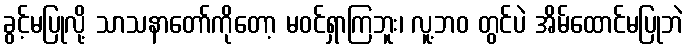
ခွင့်မပြုလို့ သာသနာတော်ကိုတော့ မဝင်ရှာကြဘူး၊ လူ့ဘဝ တွင်ပဲ အိမ်ထောင်မပြုဘဲ